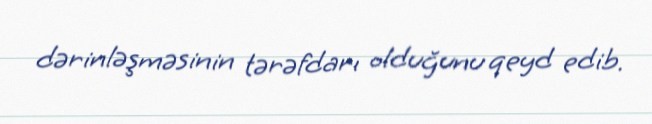
dərinləşməsinin tərəfdarı olduğunu qeyd edib.